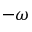
- \omega